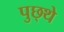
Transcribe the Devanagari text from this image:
पुछ्थे